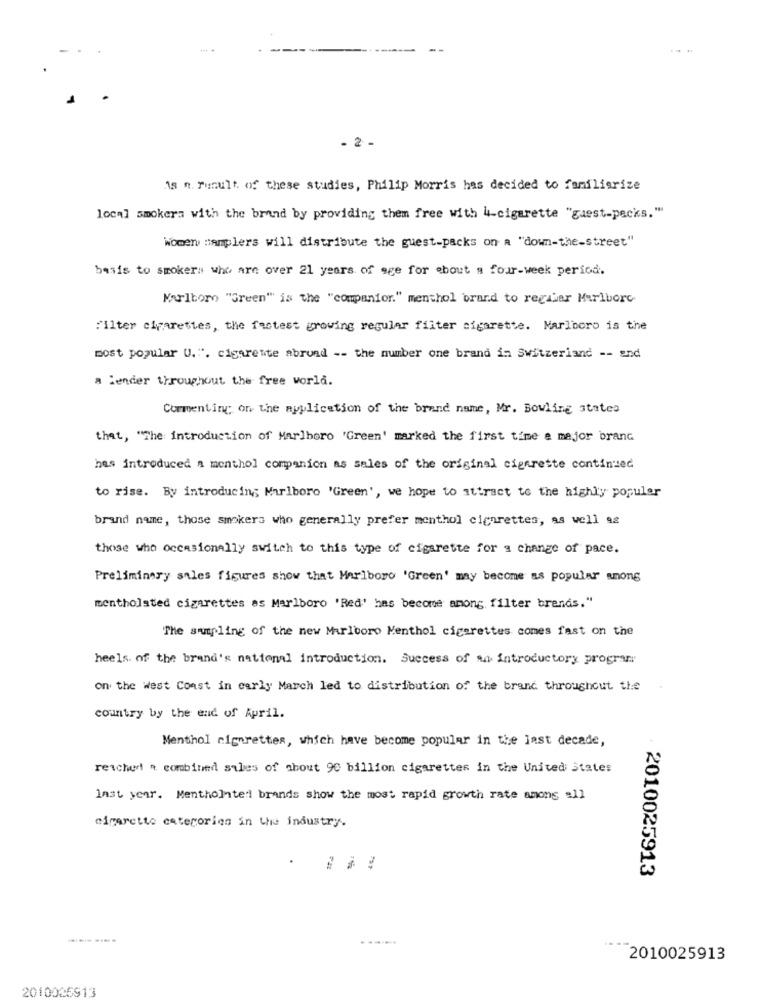
...
- 2 -
1s n. runult. of these studies, Philip Morris has decided to familiarize
local smokers with the brand by providing them free with 4-cigarette "guest-packs."
Women samplers will distribute the guest-packs on a "down-the-street"
basis to smokers who are over 21 years of age for about a four-week period.
Marlboro "Green" is the "companion." menthol brand to reguiar Marlborc
filter cigarettes, the fastest growing regular filter sigarette. Marlboro is the
most popular U."". cigarette abrund -- the number one brand in Switzerland -- and
a lender throughout the free world.
Commenting on the application of the brand name, Mr. Bowling states
that, "The introduction of Marlboro 'Green' marked the first time a major branG
has introduced a menthol companion as sales of the original cigarette continued
to rise. By introducing; Marlboro 'Green', we hope to attract to the highly popular
brand name, those smokers who generally prefer menthol cigarettes, as well as
those who occasionally switch to this type of cigarette for a change of pace.
Preliminary sales figures show that Marlboro 'Green' may become as popular among
mentholated cigarettes as Marlboro 'Red' has become among filter brands."
The sampling of the new Marlboro Menthol cigarettes comes fast on the
heels. of the brand's national introduction. Success of an introductory program
on the West Coast in early March led to distribution of the brand throughout the
country by the end of April.
Menthol cigarettes, which have become popular in the last decade,
reached a combined sales of about 90 billion cigarettes in the United States
last year. Mentholated brands show the most rapid growth rate among all
cigarette categorien in the industry.
2010025913
2010025913
2010025913